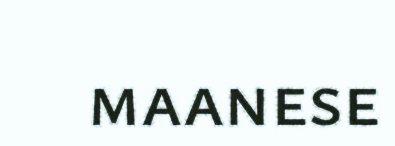
maanese